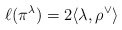
\begin{align*}\ell(\pi^\lambda) = 2 \langle \lambda, \rho^\vee \rangle \end{align*}